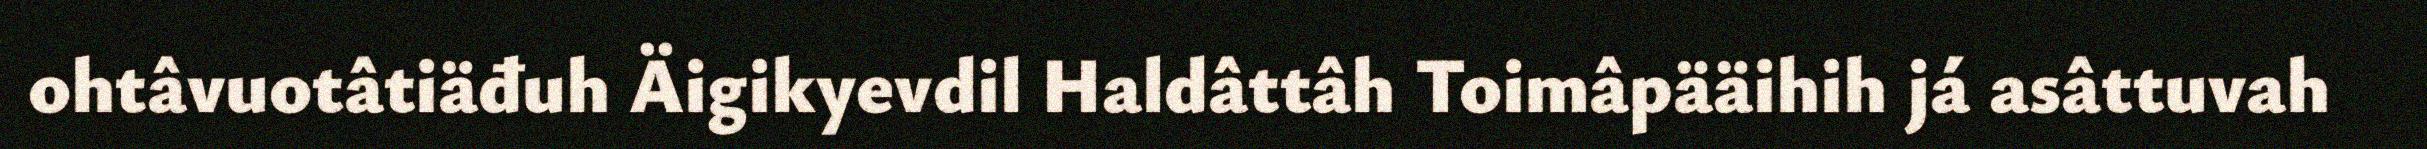
ohtâvuotâtiäđuh Äigikyevdil Haldâttâh Toimâpääihih já asâttuvah